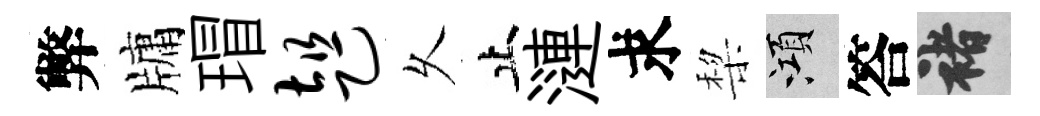
弊牗瑁趄乆止漣求棃澒答褚